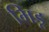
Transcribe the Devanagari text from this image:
भिडू